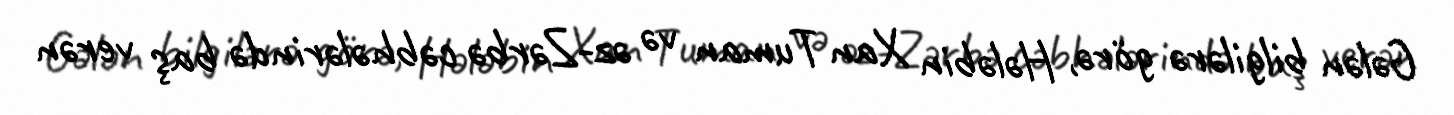
Gələn bilgilərə görə, Hələbin Xan Tuman və əz-Zərbə cəbhələrində baş verən